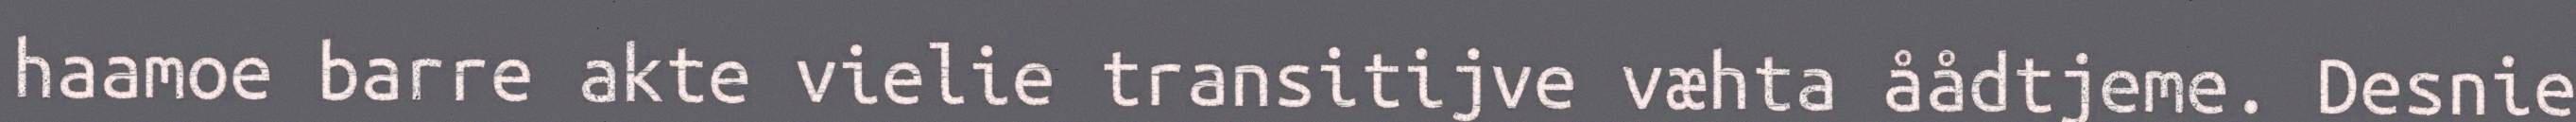
haamoe barre akte vielie transitijve væhta åådtjeme. Desnie